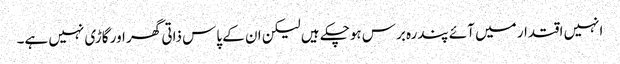
انہیں اقتدار میں آئے پندرہ برس ہوچکے ہیں لیکن ان کے پاس ذاتی گھر اور گاڑی نہیں ہے۔